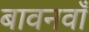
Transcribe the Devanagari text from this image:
बावनवाँ